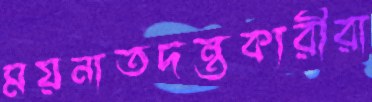
ময়নাতদন্তকারীরা